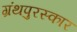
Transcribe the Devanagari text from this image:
ग्रंथपुरस्कार